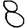
Digit: 8